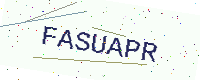
Text: FASUAPR